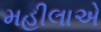
મહીલાએ